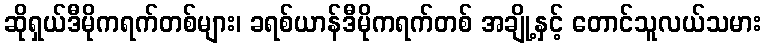
ဆိုရှယ်ဒီမိုကရက်တစ်များ၊ ခရစ်ယာန်ဒီမိုကရက်တစ် အချို့နှင့် တောင်သူလယ်သမား